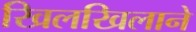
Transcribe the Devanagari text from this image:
खिलखिलाने